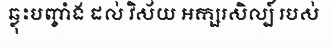
ឆ្លុះបញ្ចាំង ដល់ វិស័យ អក្សរសិល្ប៍ របស់